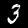
Label: 3